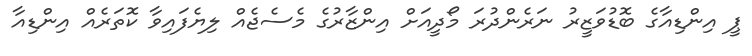
ޕީ އިންޑިއާގެ ބޮޑުވަޒީރު ނަރެންދުރަ މޯދީއަށް އިންޒާރުގެ މެސެޖެއް ލިޔެފައިވާ ކޮތަރެއް އިންޑިއާ